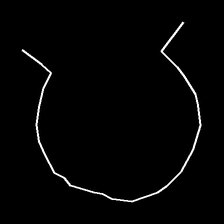
Glyph: weave